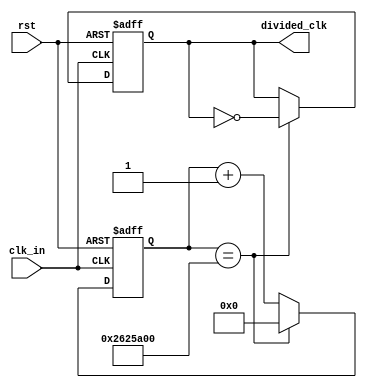
`timescale 1ns / 1ps
//////////////////////////////////////////////////////////////////////////////////
// Company: 
// Engineer: 
// 
// Design Name: 
// Module Name:    slowclk_divider 
// Project Name: 
// Target Devices: 
// Tool versions: 
// Description: 
//
// Dependencies: 
//
// Revision: 
// Revision 0.01 - File Created
// Additional Comments: 
//
//////////////////////////////////////////////////////////////////////////////////
module slowclk_divider(
    input clk_in,
    input rst,
    output reg divided_clk
    );

parameter toggle_value = 26'b10011000100101101000000000;

reg[25:0] cnt;

always@(posedge clk_in or posedge rst)
begin
    if (rst==1) begin
        cnt <= 0;
        divided_clk <= 0;
    end
    else begin
        if (cnt==toggle_value) begin
            cnt <= 0;
            divided_clk <= ~divided_clk;
        end
        else begin
            cnt <= cnt +1;
            divided_clk <= divided_clk;
        end
    end

end


endmodule